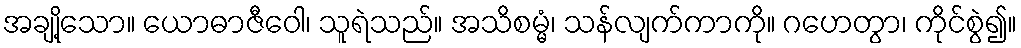
အချို့သော။ ယောဓာဇီဝေါ၊ သူရဲသည်။ အသိစမ္မံ၊ သန်လျက်ကာကို။ ဂဟေတွာ၊ ကိုင်စွဲ၍။